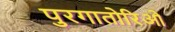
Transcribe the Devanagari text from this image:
पुरगातोरिओ